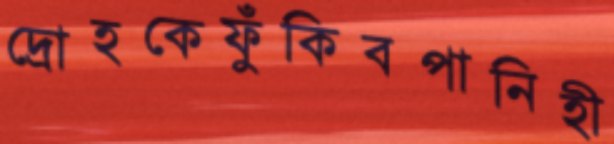
দ্রোহকেফুঁকিবপানিহী